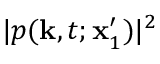
| p ( \mathbf { k } , t ; \mathbf { x } _ { 1 } ^ { \prime } ) | ^ { 2 }